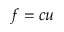
f = c u